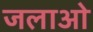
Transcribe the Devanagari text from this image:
जलाओ